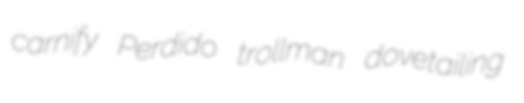
carnify Perdido trollman dovetailing